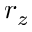
r _ { z }